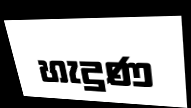
හැදුණ